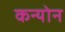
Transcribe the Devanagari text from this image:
कन्योन